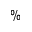
\%